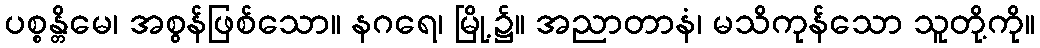
ပစ္စန္တိမေ၊ အစွန်ဖြစ်သော။ နဂရေ၊ မြို့၌။ အညာတာနံ၊ မသိကုန်သော သူတို့ကို။